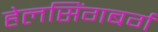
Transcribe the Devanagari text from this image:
हेलसिंगबर्ग